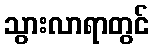
သွားလာရာတွင်